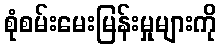
စုံစမ်းမေးမြန်းမှုများကို